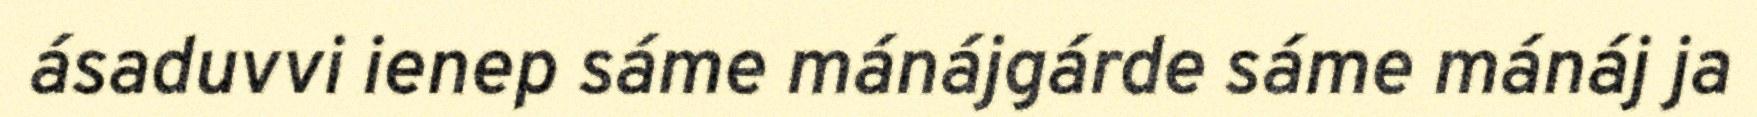
ásaduvvi ienep sáme mánájgárde sáme mánáj ja